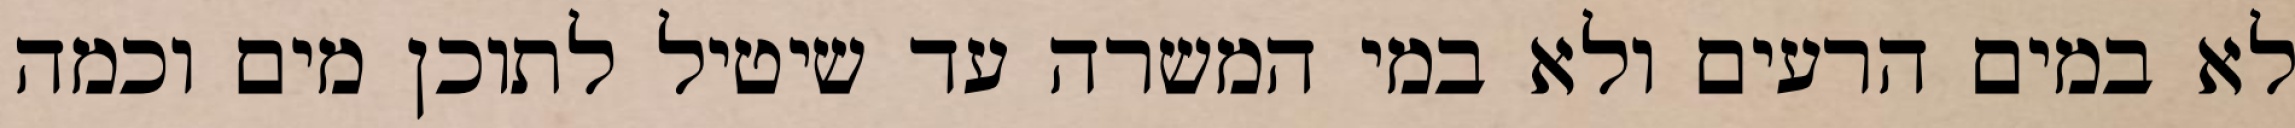
לא במים הרעים ולא במי המשרה עד שיטיל לתוכן מים וכמה